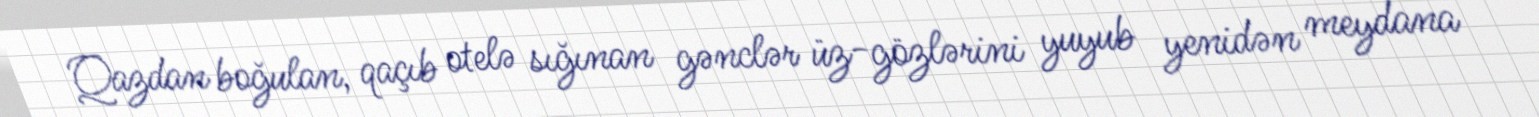
Qazdan boğulan, qaçıb otelə sığınan gənclər üz-gözlərini yuyub yenidən meydana